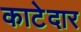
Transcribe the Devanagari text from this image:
काटेदार